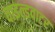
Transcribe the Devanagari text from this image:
वाइल्डवाटर